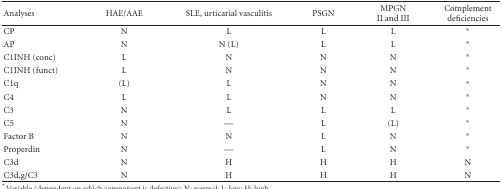
<table><thead><tr><td><b>Analyses</b></td><td><b>HAE/AAE</b></td><td><b>SLE, urticarial vasculitis</b></td><td><b>PSGN</b></td><td><b>MPGNII and III</b></td><td><b>Complement deficiencies</b></td></tr></thead><tbody><tr><td>CP</td><td>N</td><td>L</td><td>L</td><td>L</td><td>*</td></tr><tr><td>AP</td><td>N</td><td>N (L)</td><td>L</td><td>L</td><td>*</td></tr><tr><td>C1INH (conc)</td><td>L</td><td>N</td><td>N</td><td>N</td><td>*</td></tr><tr><td>C1INH (funct)</td><td>L</td><td>N</td><td>N</td><td>N</td><td>*</td></tr><tr><td>C1q</td><td>(L)</td><td>L</td><td>N</td><td>N</td><td>*</td></tr><tr><td>C4</td><td>L</td><td>L</td><td>N</td><td>N</td><td>*</td></tr><tr><td>C3</td><td>N</td><td>L</td><td>L</td><td>L</td><td>*</td></tr><tr><td>C5</td><td>N</td><td>—</td><td>L</td><td>(L)</td><td>*</td></tr><tr><td>Factor B</td><td>N</td><td>N</td><td>L</td><td>N</td><td>*</td></tr><tr><td>Properdin</td><td>N</td><td>—</td><td>L</td><td>N</td><td>*</td></tr><tr><td>C3d</td><td>N</td><td>H</td><td>H</td><td>H</td><td>N</td></tr><tr><td>C3d,g/C3</td><td>N</td><td>H</td><td>H</td><td>H</td><td>N</td></tr></tbody></table>